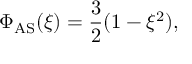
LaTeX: \Phi _ { \mathrm { A S } } ( \xi ) = \frac { 3 } { 2 } ( 1 - \xi ^ { 2 } ) ,